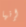
إنها